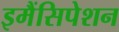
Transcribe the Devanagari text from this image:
इमैंसिपेशन